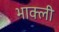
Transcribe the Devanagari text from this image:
भाक्ली